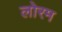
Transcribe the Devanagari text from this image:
लोरम